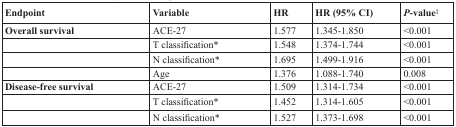
<table><thead><tr><td><b>Endpoint</b></td><td><b>Variable</b></td><td><b>HR</b></td><td><b>HR (95% CI)</b></td><td><b>P-value‡</b></td></tr></thead><tbody><tr><td><b>Overall survival</b></td><td>ACE-27</td><td>1.577</td><td>1.345-1.850</td><td>&lt;0.001</td></tr><tr><td></td><td>T classification*</td><td>1.548</td><td>1.374-1.744</td><td>&lt;0.001</td></tr><tr><td></td><td>N classification*</td><td>1.695</td><td>1.499-1.916</td><td>&lt;0.001</td></tr><tr><td></td><td>Age</td><td>1.376</td><td>1.088-1.740</td><td>0.008</td></tr><tr><td><b>Disease-free survival</b></td><td>ACE-27</td><td>1.509</td><td>1.314-1.734</td><td>&lt;0.001</td></tr><tr><td></td><td>T classification*</td><td>1.452</td><td>1.314-1.605</td><td>&lt;0.001</td></tr><tr><td></td><td>N classification*</td><td>1.527</td><td>1.373-1.698</td><td>&lt;0.001</td></tr></tbody></table>